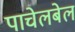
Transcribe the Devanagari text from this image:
पाचेलबेल